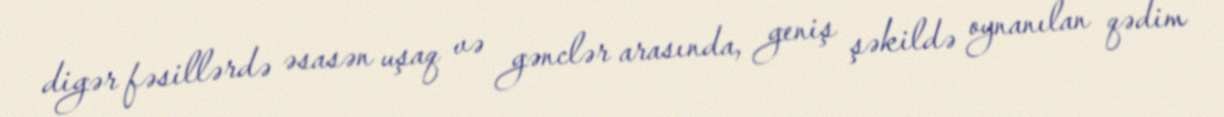
digər fəsillərdə əsasən uşaq və gənclər arasında, geniş şəkildə oynanılan qədim